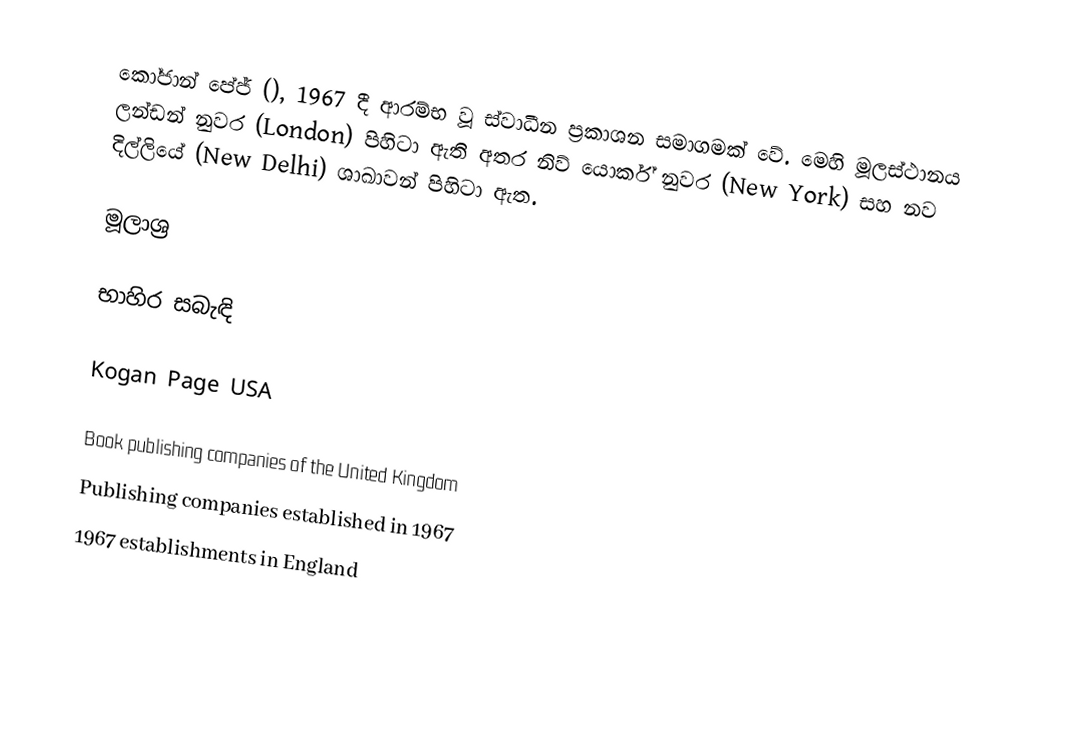
කෝජාන් පේජ් (), 1967 දී ආරම්භ වූ ස්වාධීන ප්‍රකාශන සමාගමක් වේ. මෙහි මූලස්ථානය ලන්ඩන් නුවර (London) පිහිටා ඇති අතර නිව් යොර්ක් නුවර (New York) සහ නව දිල්ලියේ (New Delhi) ශාඛාවන් පිහිටා ඇත.

මූලාශ්‍ර

භාහිර සබැඳි

Kogan Page USA

Book publishing companies of the United Kingdom
Publishing companies established in 1967
1967 establishments in England